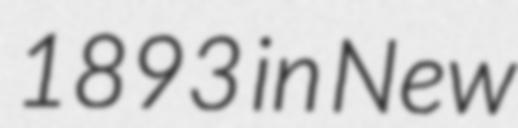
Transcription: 1893 in New